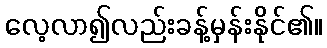
လေ့လာ၍လည်းခန့်မှန်းနိုင်၏။